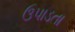
ઉપાડતા